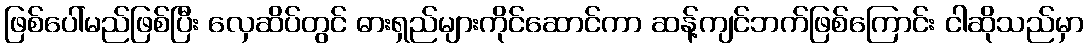
ဖြစ်ပေါ်မည်ဖြစ်ပြီး လှေဆိပ်တွင် ဓားရှည်များကိုင်ဆောင်ကာ ဆန့်ကျင်ဘက်ဖြစ်ကြောင်း ငါဆိုသည်မှာ